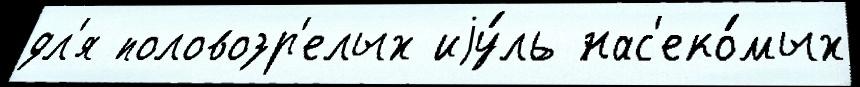
дл'я половозр'елых иjу́ль нас'еко́мых